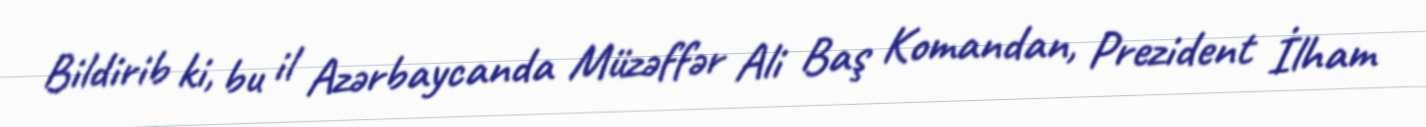
Bildirib ki, bu il Azərbaycanda Müzəffər Ali Baş Komandan, Prezident İlham